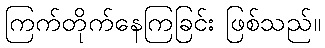
ကြက်တိုက်နေကြခြင်း ဖြစ်သည်။